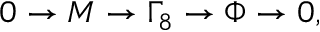
0 \to M \to \Gamma _ { 8 } \to \Phi \to 0 ,